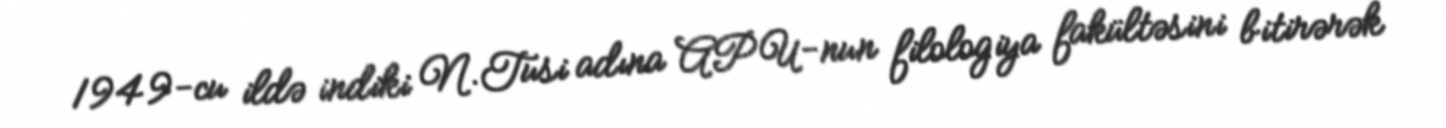
1949-cu ildə indiki N.Tusi adına APU-nun filologiya fakültəsini bitirərək